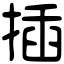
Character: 插